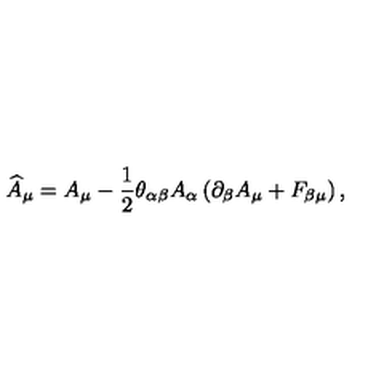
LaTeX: \widehat { A } _ { \mu } = A _ { \mu } - \frac 1 2 \theta _ { \alpha \beta } A _ { \alpha } \left( \partial _ { \beta } A _ { \mu } + F _ { \beta \mu } \right) ,